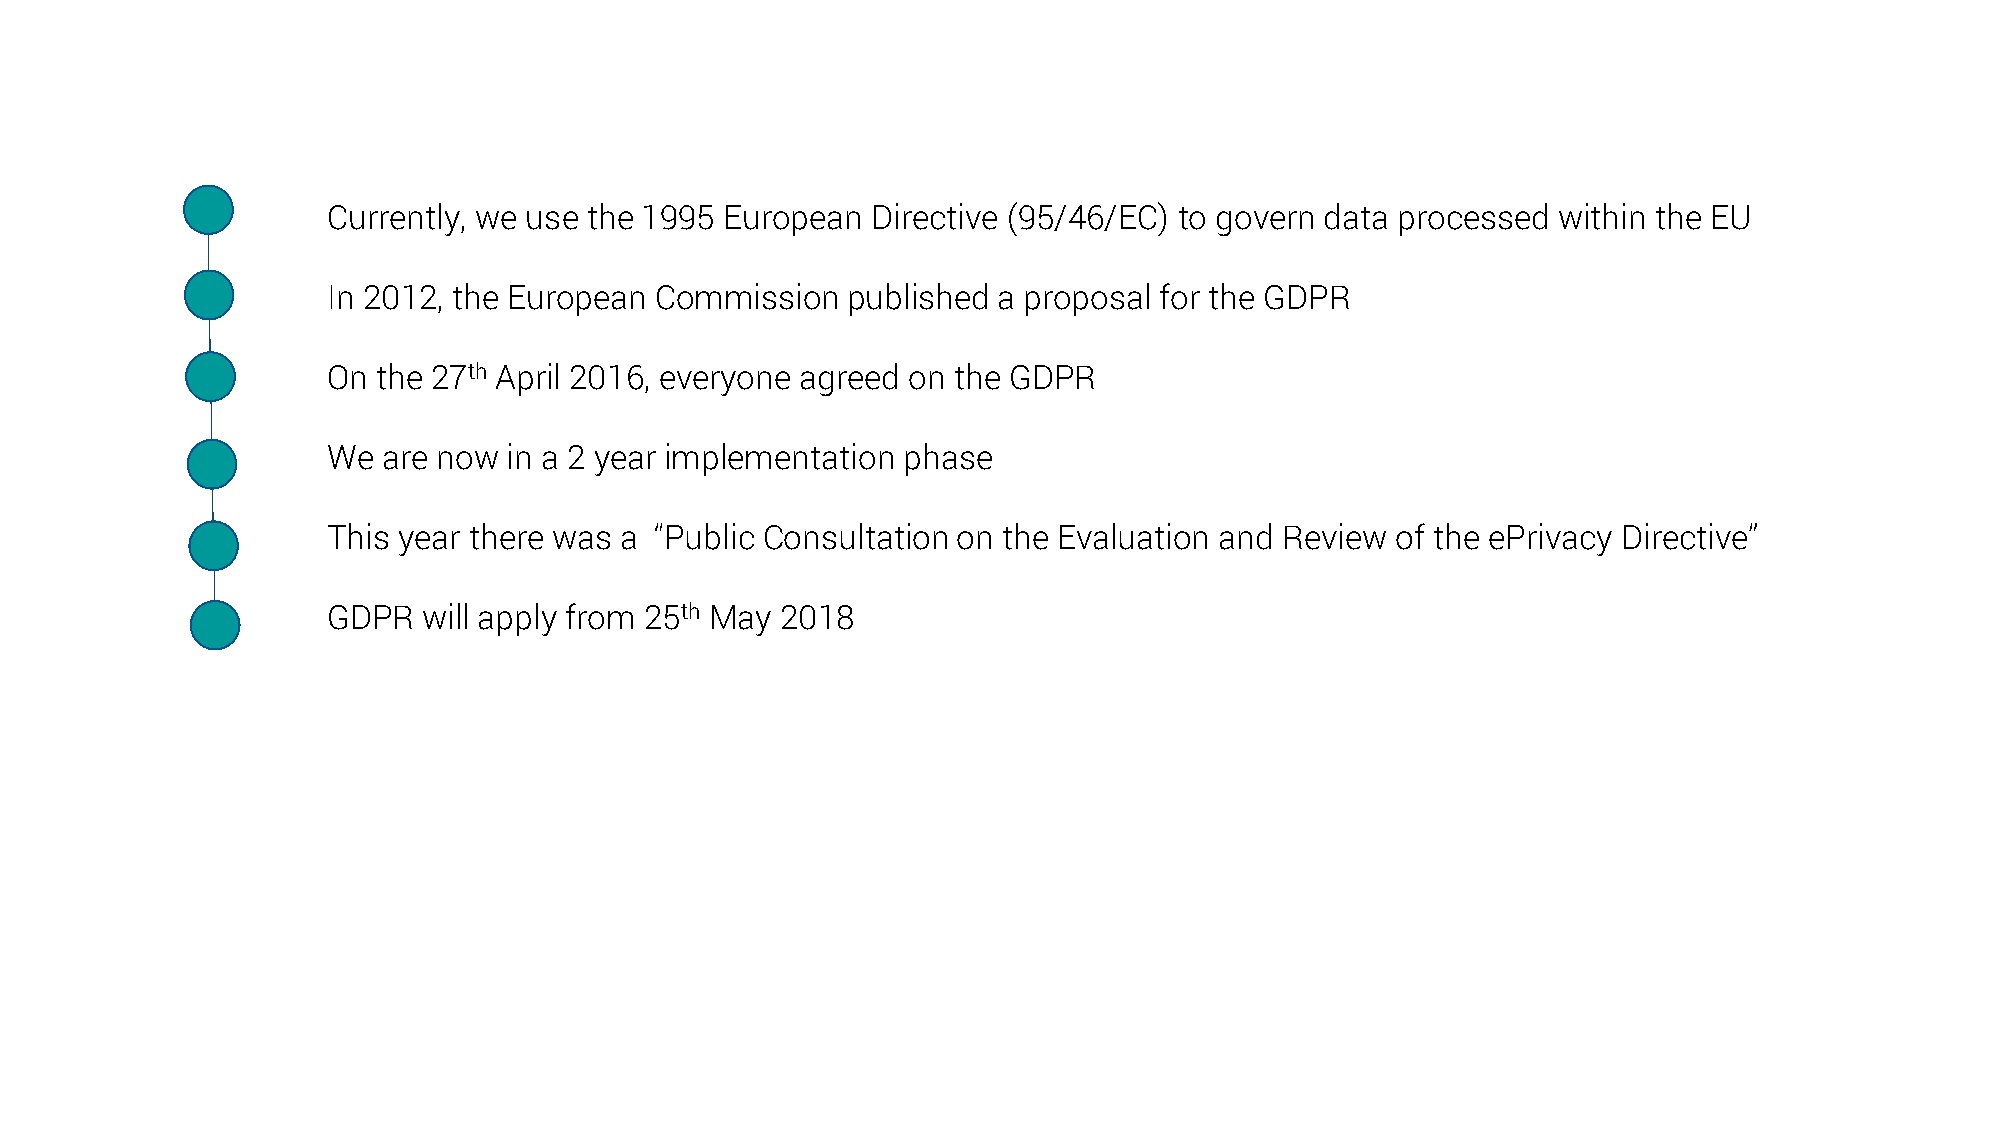
Currently, we use the 1995 European Directive (95/46/EC) to govern data processed within the EU
 In 2012, the European Commission  published a proposal for the GDPR
 On the 27th April 2016, everyone agreed on the GDPR
 We are now  in a 2 year implementation phase
 This year there was a “Public Consultation on the Evaluation and Review of the ePrivacy Directive”
 GDPR  will apply from 25th May 2018